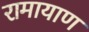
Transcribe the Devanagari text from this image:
रामायाण